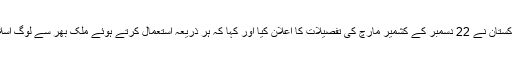
امیر جماعت اسلامی پاکستان نے 22 دسمبر کے کشمیر مارچ کی تفصیلات کا اعلان کیا اور کہا کہ ہر ذریعہ استعمال کرتے ہوئے ملک بھر سے لوگ اسلام آباد میں پہنچیں گے۔